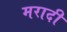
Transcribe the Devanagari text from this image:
मरादी